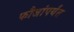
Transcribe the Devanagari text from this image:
फौजांपर्यंत